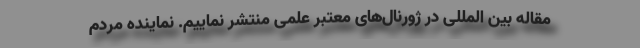
مقاله بین المللی در ژورنال‌های معتبر علمی منتشر نماییم. نماینده مردم